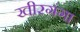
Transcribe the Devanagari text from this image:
खीरगंगा